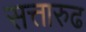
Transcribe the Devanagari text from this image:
सत्तारुढ